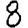
Digit: 8